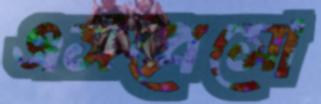
এসপ্রেসো